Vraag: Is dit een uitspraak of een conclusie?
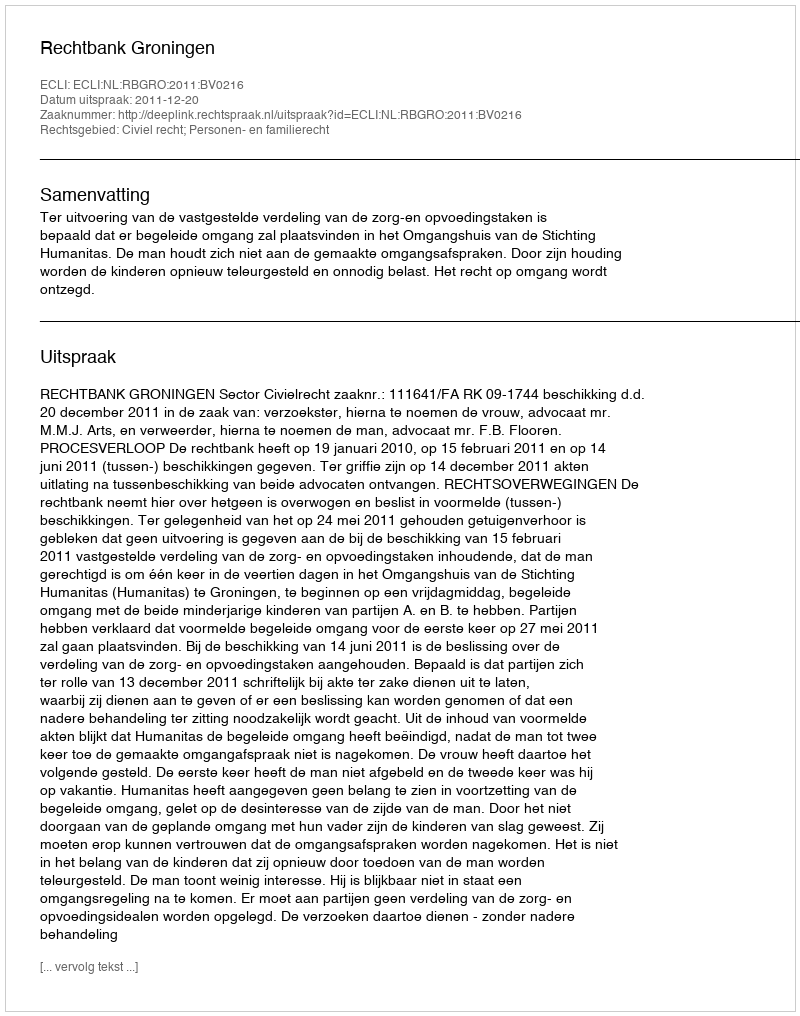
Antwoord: Uitspraak